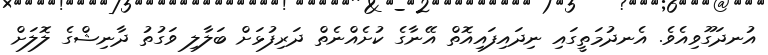
އުނދަގޫވިއެވެ. އެނދުމަތީގައި ނިދައިފައިއޮތް އޭނާގެ ކުށެއްނެތް ދަރިފުޅަށް ބަލާލި ވަގުތު ދާނިޝްގެ ލޮލަށް